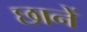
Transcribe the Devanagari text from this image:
छानें